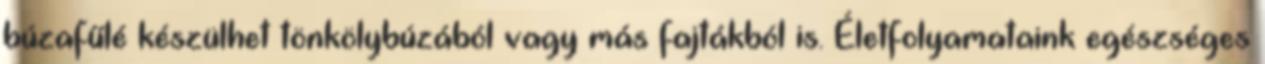
búzafűlé készülhet tönkölybúzából vagy más fajtákból is. Életfolyamataink egészséges